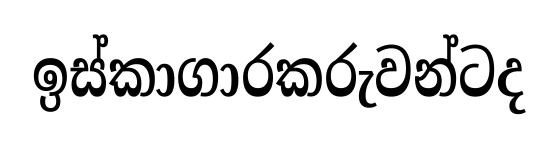
ඉස්කාගාරකරුවන්ටද